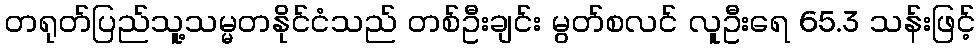
တရုတ်ပြည်သူ့သမ္မတနိုင်ငံသည် တစ်ဦးချင်း မွတ်စလင် လူဦးရေ 65.3 သန်းဖြင့်